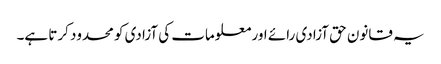
یہ قانون حق آزادی رائے اور معلومات کی آزادی کو محدود کرتا ہے۔